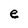
Character: e